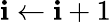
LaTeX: \mathbf{i}\leftarrow\mathbf{i}+1